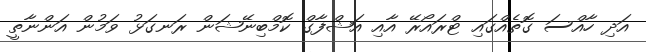
އަދި ހާއްސަ ގޮތެއްގައި ޓްރައޯރޭ އާއި އަޝްފާގް ކޮމްބިނޭޝަން ރަނގަޅު ވަމުން އަންނާތީ